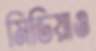
মিডিয়াও